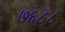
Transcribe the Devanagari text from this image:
७६८८